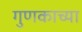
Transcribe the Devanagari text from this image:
गुणकाच्या